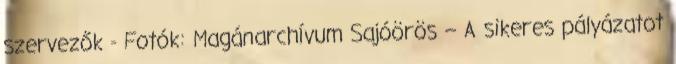
szervezők - Fotók: Magánarchívum Sajóörös – A sikeres pályázatot